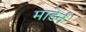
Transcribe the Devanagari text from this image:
माडेर्न